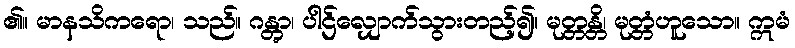
၏။ မာနသိကရော၊ သည်။ ဂန္တွာ၊ ပါဌ်လျှောက်သွားတည့်၍။ မုတ္တန္တိ၊ မုတ္တံဟူသော။ ဣမံ